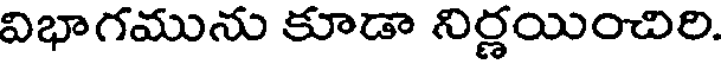
విభాగమును కూడా నిర్ణయించిరి.